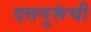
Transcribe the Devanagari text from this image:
दत्तगुरूंची